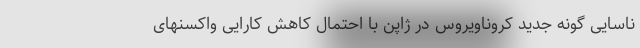
ناسایی گونه جدید کروناویروس در ژاپن با احتمال کاهش کارایی واکسنهای